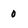
Character: 0